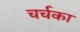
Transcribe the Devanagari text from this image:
चर्चका